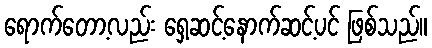
ရောက်တော့လည်း ရှေ့ဆင့်နောက်ဆင့်ပင် ဖြစ်သည်။